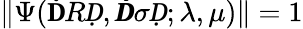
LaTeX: \left\| \Psi(\mathbf ḊRḌ,\pmb Ḋ\sigma Ḍ;\lambda,\mu)\right\| =1